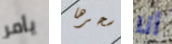
يأمر سحرها أنا